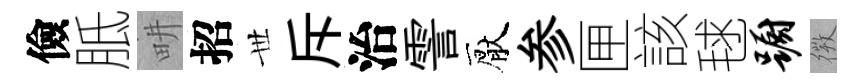
儉胝畊招𠀍斥治霅厭参匣該毬蹰𢕄